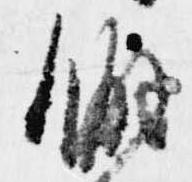
僻